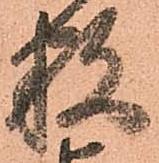
数